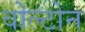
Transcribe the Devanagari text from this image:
वोल्टोन